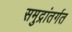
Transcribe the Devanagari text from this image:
समुद्रांतर्गत